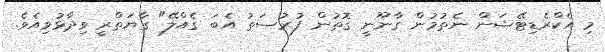
މި އެކްރެޑިޓޭޝަން ނެތުމުން ގާނޫނީ ގޮތުން ފުރުޞަތު އެބަ ގެއްލޭ" ގާޔަތްރީ ވިދާޅުވިއެވެ.